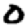
Digit: 0